Account of plague administration in the Bombay Presidency from September 1896 till May 1897
Year: 1896
Disease focus: Plague
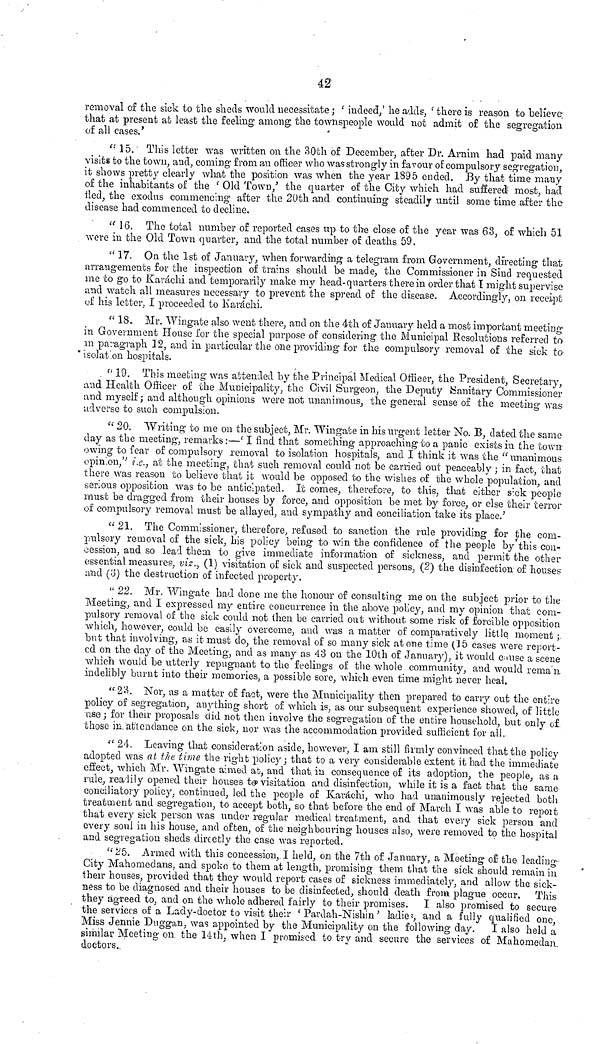
42
removal of the sick to the sheds would necessitate ; ' indeed/ he adds, ' there is reason to believe
that at present at least the feeling among; the townspeople would not admit of the segregation
of all cases.'
"15. This letter was written on the 30th of December, after Dr. Arnim had paid many-
visits to the town, and, coming from an officer who was strongly in favour of compulsory segregation,
it shows pretty clearly what the position was when the year 1895 ended. By that time many
of the inhabitants of the ( Old Town/ the quarter of the City which had suffered; most, had
iled, the exodus commencing after the 2Uth and continuing steadilj until some time after the-
disease had commenced to decline.
" 16. The total number of reported cases up to the close of the year was 63, of which 51
were in the Old Town quarter, and the total number of deaths 59.
" 17. On the 1st of January, when forwarding a telegram from Government, directing that
arrangements for the inspection of trains should be made, the Commissioner in Sind requested
me to go to Karachi and temporarily make my head-quarters there in order that Τ might supervise
and watch all measures necessary to prevent the spread of the disease. Accordingly, on receipt
of his letter, I proceeded to Karachi.
" 18. Mr. Wiiigate also went there, and on the 4th of January held a most important meeting
in Government House for the special purpose of considering the Municipal Resolutions referred to
in paragraph 12, and in particular the one providing for the compulsory removal of the sick to-
isolat on hospitals.
" 19. This meeting was attended by the Principal Medical Officer, the President, Secretary,
and Health Officer of the Municipality, the Civil Surgeon, the Deputy {Sanitary Commissioner
and myself ; and although opinions were not unanimous, the general sense of the meeting was
•adverse to such compulsion.
" 20. "Writing to me on the subject, Mr. Wingate in his urgent letter No. B, dated the same
day as the meeting, remarks :—' I find that something approaching to a panic exists in the town
owing to fear of compulsory removal to isolation hospitals, and I think it was the " unanimous
opin.on/· 1 i.e.) at the meeting, that such removal could not be carried out peaceably ; in fact, that
there was reason to believe that it would be opposed to the wishes of the whole population, and
serious opposition was to be anticipated. It comes, therefore, to this, that either sick people
must be dragged from their houses by force, and opposition be met by force, or else their terror
of compulsory removal must be allayed, and sympathy and conciliation take its place.'
" 21. The Commissioner, therefore, refused to sanction the rule providing for the com-
pulsory removal of the sick, his policy being to win the confidence of the people by this con-
cession, and so lead them to give immediate information of sickness, and permit the other
essential measures, viz., (1) visitation of sick and suspected persons, (2) the disinfection of houses
a,ncl (o) the destruction of infected property.
" 22. Mr. Wingate had done me the honour of consulting me on the subject prior to the
Meeting, and I expressed my entire concurrence in the above policy, and my opinion that com-
pulsory removal of the sick could not then be carried out without some risk of forcible opposition
which, however, could be easily overcome, and was a matter of comparatively little moment ;
but that involving, as it must do, the removal of so many sick atone time (15 cases were report-
ed on the day of the Meeting, and as many as 43 on the 10th of January), it would c;iuse a scene
which would be utterly repugnant to the feelings of the whole community, and would rema'n
indelibly burnt into their memories, a possible sore, which even time might never heal.
" 23. Nor, as a matter of fact, were the Municipality then prepared to carry out the entire
policy of segregation, anything short of which is, as our subsequent experience showed, of little
use ; for their proposals did not then involve the segregation of the entire household, but only of
those in attendance on the sick, nor was the accommodation provided sufficient for all.
" 24. Leaving that consideration aside, however, I am still firmly convinced that the policy
adopted was at the time the right policy; that to a very considerable extent it had the immediate
effect, which Mr. Wingate aimed at, and that, in consequence of its adoption, the people, as a
rule, readily opened their houses to» visitation and disinfection, while it is a fact that the same
conciliatory policy, continued, led the people of Karachi, who had unanimously rejected both
treatment and segregation, to accept both, so that before the end of March I was able to repoit
that every sick person was under regular medical treatment, and that every sick person and
every soul in his house, and often, of the neighbouring houses also, were removed to the hospital
and segregation sheds directly the case was reported.
"25. Armed with this concession,. I held, on the 7th of January, a Meeting o£ the leading
City Mahomedans, and spokn to them at length, promising them that the sick should remain in
their houses, provided that they would report cases of sickness immediately, and allow the sick-
ness to be diagnosed and their houses to be disinfected, should death from plague occur. This
they agreed to, and on the whole adhered fairly to their promises.
I also promised to secure
the services of a Lady-doctor to visit their ' Pardah-Nishin 3 ladle*, and a fully qualified one,
Miss Jennie Duggan, was appointed by the Municipality on the following day.
I also held a
similar Meeting on the 14th, when I promised to try and secure the services of Mahomedan.
doctors.